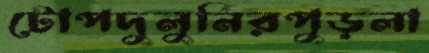
টোপদুলুনিরপুড়লা